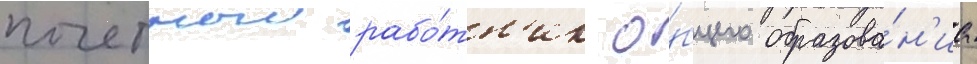
почетныи рабо́тн'ик о́бщего образова́н'иа